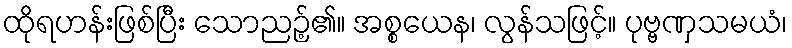
ထိုရဟန်းဖြစ်ပြီး သောညဉ့်၏။ အစ္စယေန၊ လွန်သဖြင့်။ ပုဗ္ဗဏှသမယံ၊